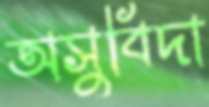
অসুবিদা